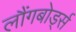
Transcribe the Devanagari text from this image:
लौंगबोर्ड्स